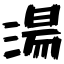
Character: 湯